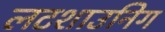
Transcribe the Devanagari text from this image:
लटशाउनिग